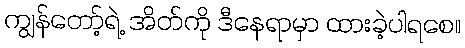
ကျွန်တော့်ရဲ့ အိတ်ကို ဒီနေရာမှာ ထားခဲ့ပါရစေ။